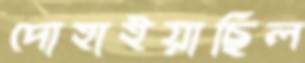
দোহাইয়াছিল